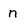
Character: n